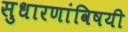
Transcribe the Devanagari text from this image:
सुधारणांविषयी